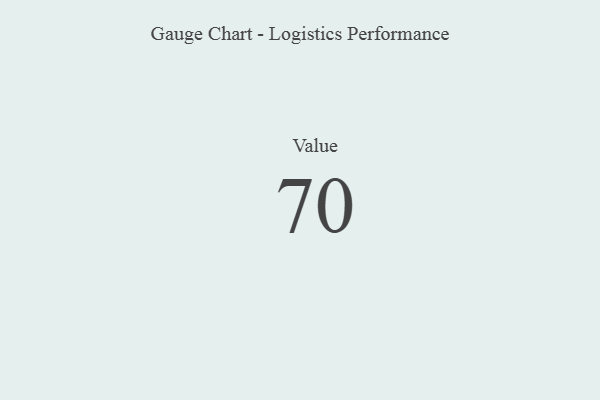
{"axis": {"x": "Metric", "y": "Value"}, "legend": [""], "data": [{"x": "Value", "y": 70, "type": ""}]}